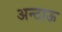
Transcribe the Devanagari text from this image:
अन्टाऊ